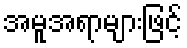
အမူအရာများဖြင့်